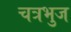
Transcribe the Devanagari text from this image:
चत्रभुज